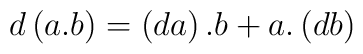
d\left( a.b\right) =\left( da\right) .b+a.\left( db\right)